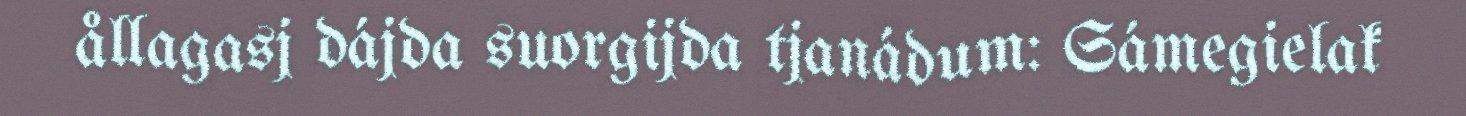
ållagasj dájda suorgijda tjanádum: Sámegielak